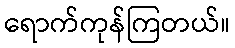
ရောက်ကုန်ကြတယ်။